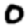
Digit: 0